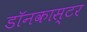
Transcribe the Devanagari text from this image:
डॉनकास्टर